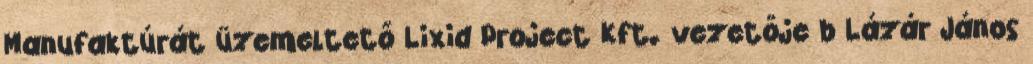
Manufaktúrát üzemeltető Lixid Project Kft. vezetője b Lázár János